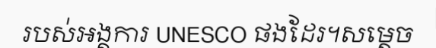
របស់អង្គការ UNESCO ផងដែរ។សម្តេច